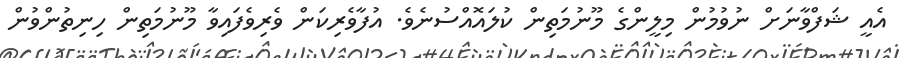
އެއީ ޝަފްވާނަށް ނުވުމުން މިލީންގެ މޫނުމަތިން ކުލައޮއްސުނެވެ. އުފާވެރިކަން ވެރިވެފައިވާ މޫނުމަތިން ހިނިތުންވުން